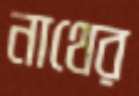
নাথের